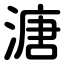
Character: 溏